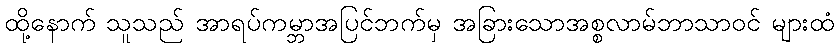
ထို့နောက် သူသည် အာရပ်ကမ္ဘာအပြင်ဘက်မှ အခြားသောအစ္စလာမ်ဘာသာဝင် များထံ